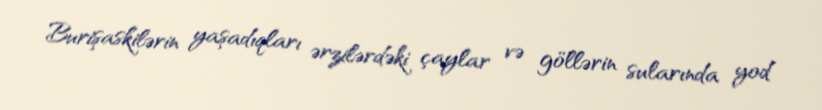
Burişaskilərin yaşadıqları ərzilərdəki çaylar və göllərin sularında yod